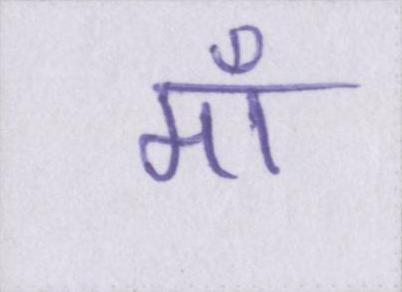
माँ